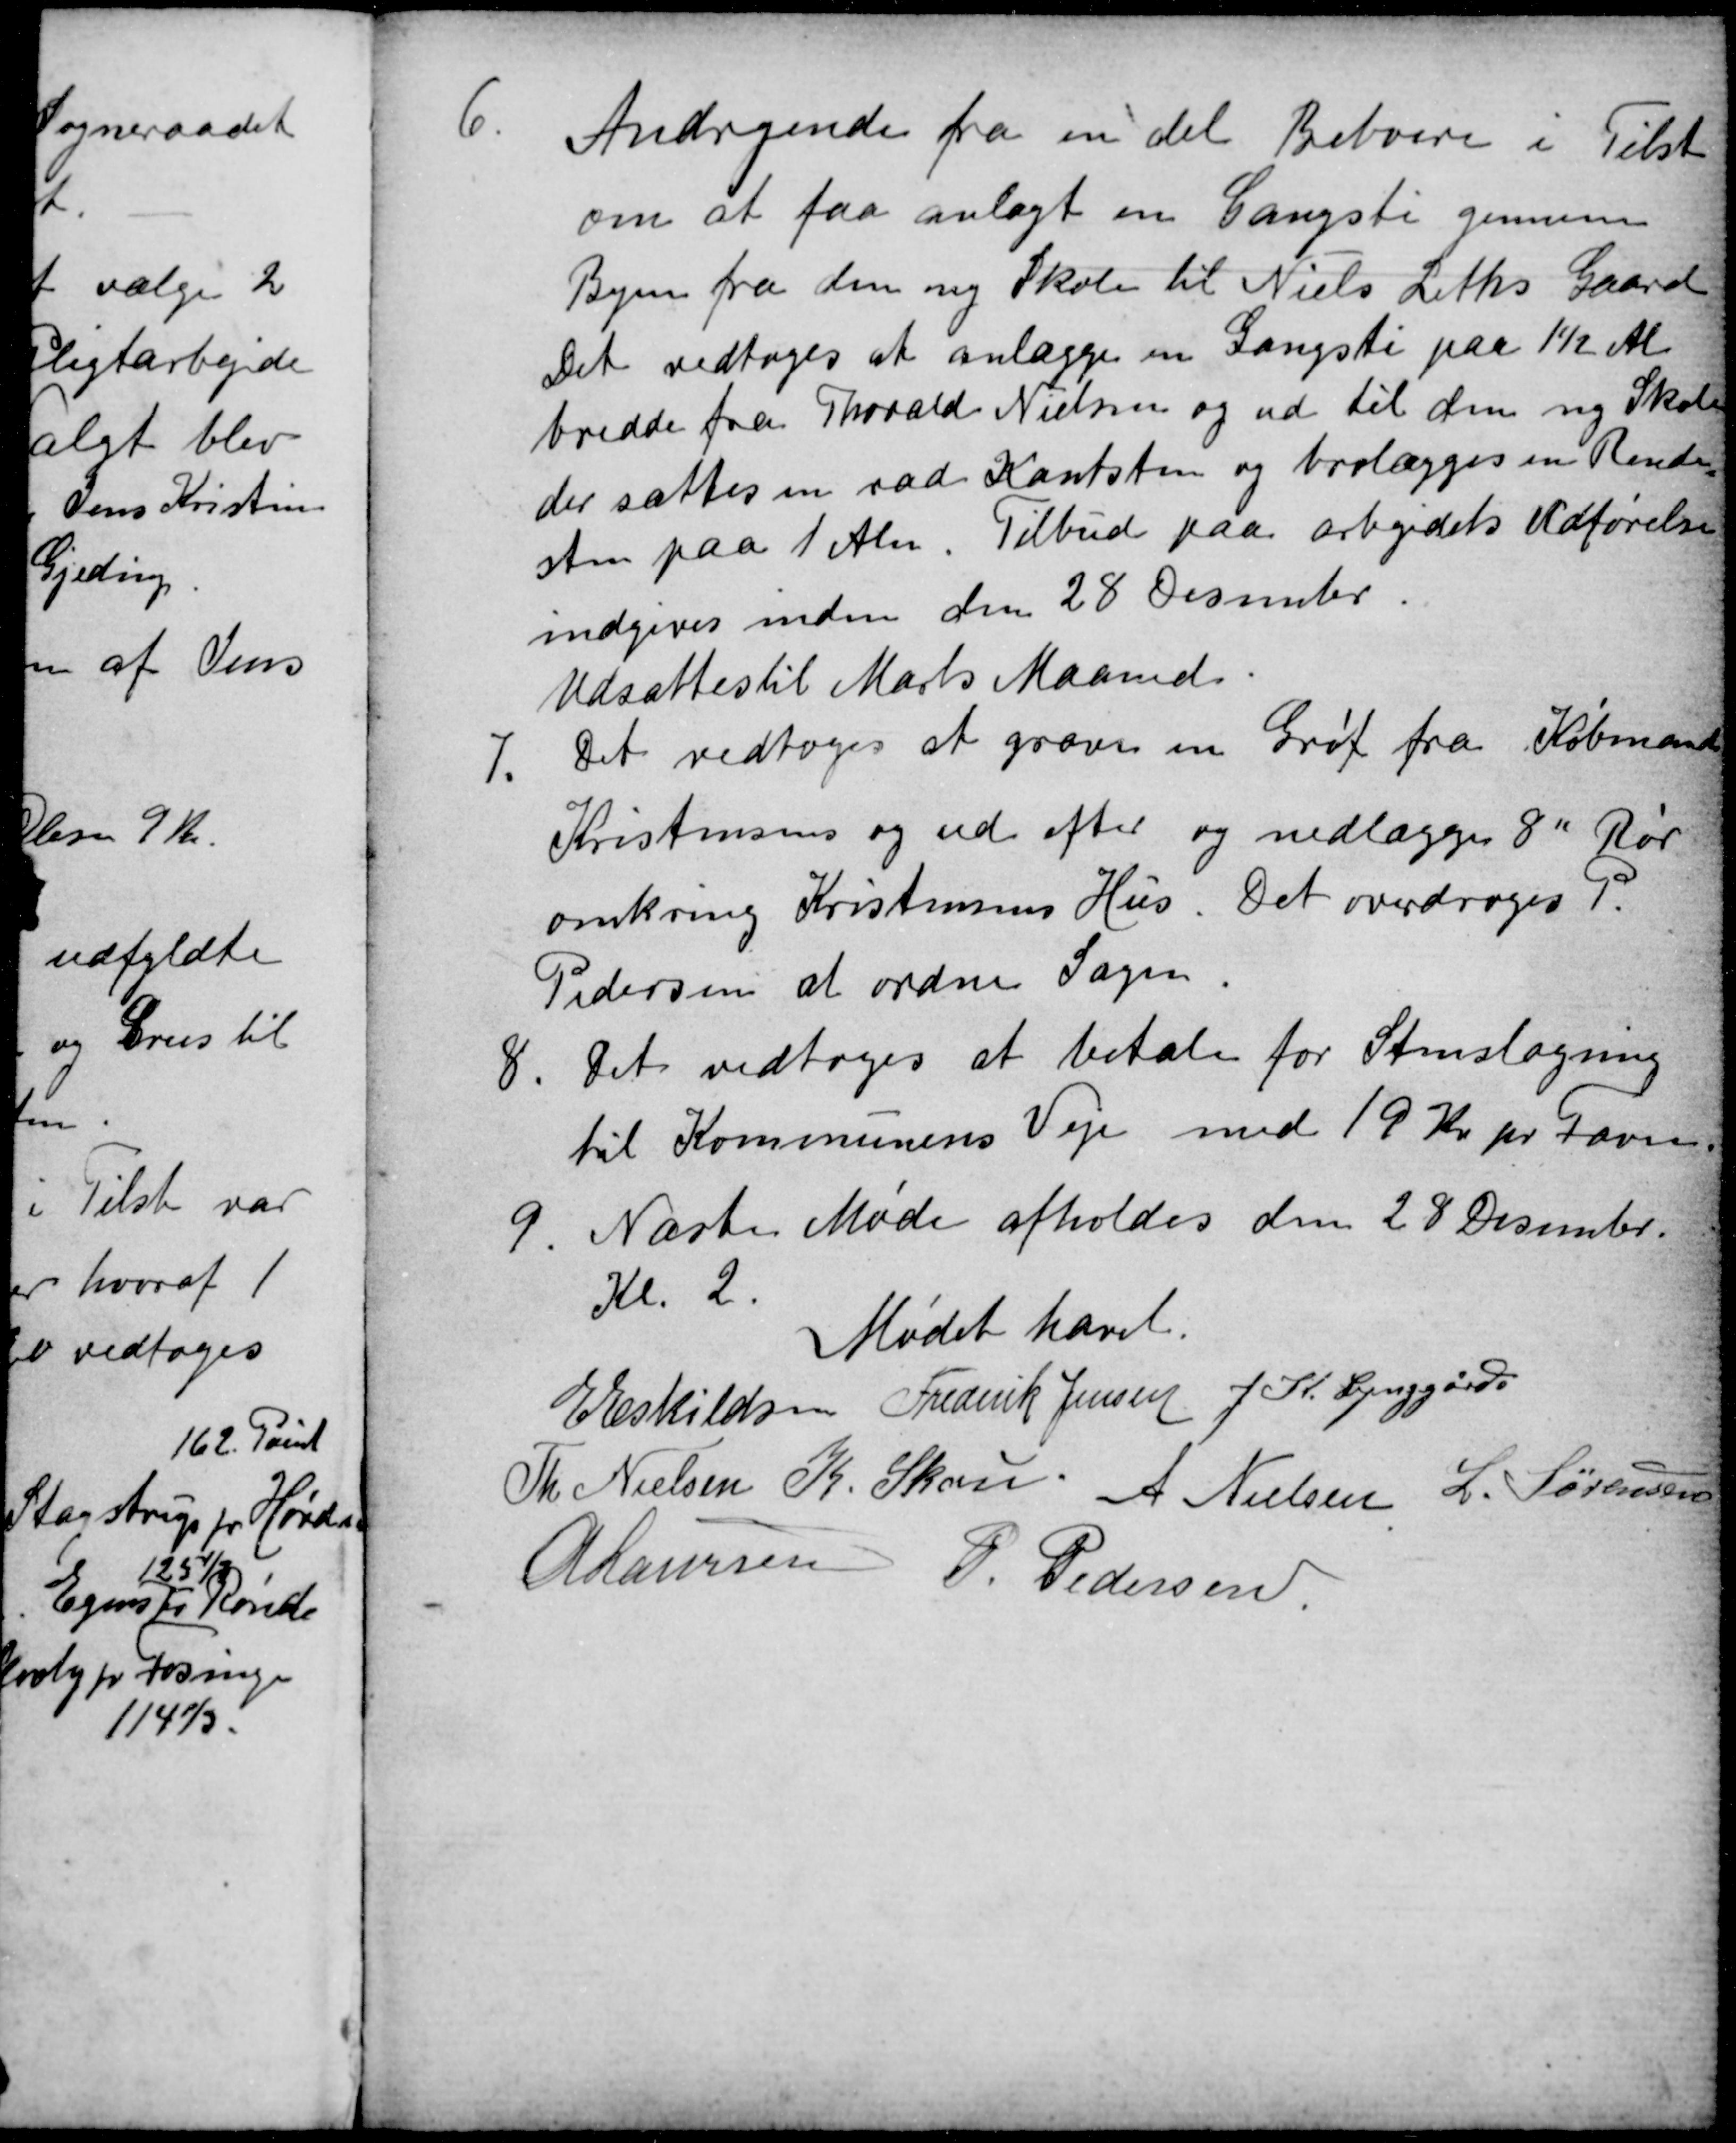
Transskription:
6.
Andragende fra en del Beboere i Tilst
om at faa anlagt en Gangsti gennem
Byen fra den ny Skole til Niels Leths Gaard
Det vedtoges at anlægge en Gangsti paa 1½ Al
bredde fra Thorald Nielsen og ud til den ny Skole
der sættes en rad Kantsten og brolægges en Rende
sten paa 1 Alen. Tilbud paa arbejdets Udførelse
indgives inden den 28 Desember.
Udsattes til Marts Maaned
7.
Det vedtoges at grave en Grøf fra Købmand
Kristensens og ud efter og nedlægges 8″ Rør
omkring Kristensens Hus. Det overdroges P.
Pedersen at ordne Sagen.
8
Det vedtoges at betale for Stenslagning
til Kommunens Veje med 19 Kr pr Favn
9
Næste Møde afholdes den 28 Desember
Kl. 2.
Mødet hævet.
E Eskildsen Frederik Jensen J. K. Lynggård
Th Nielsen K Skou A Nielsen L. Sørensen
A Laursen
P. Pedersen